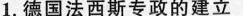
1.德国法西斯专政的建立